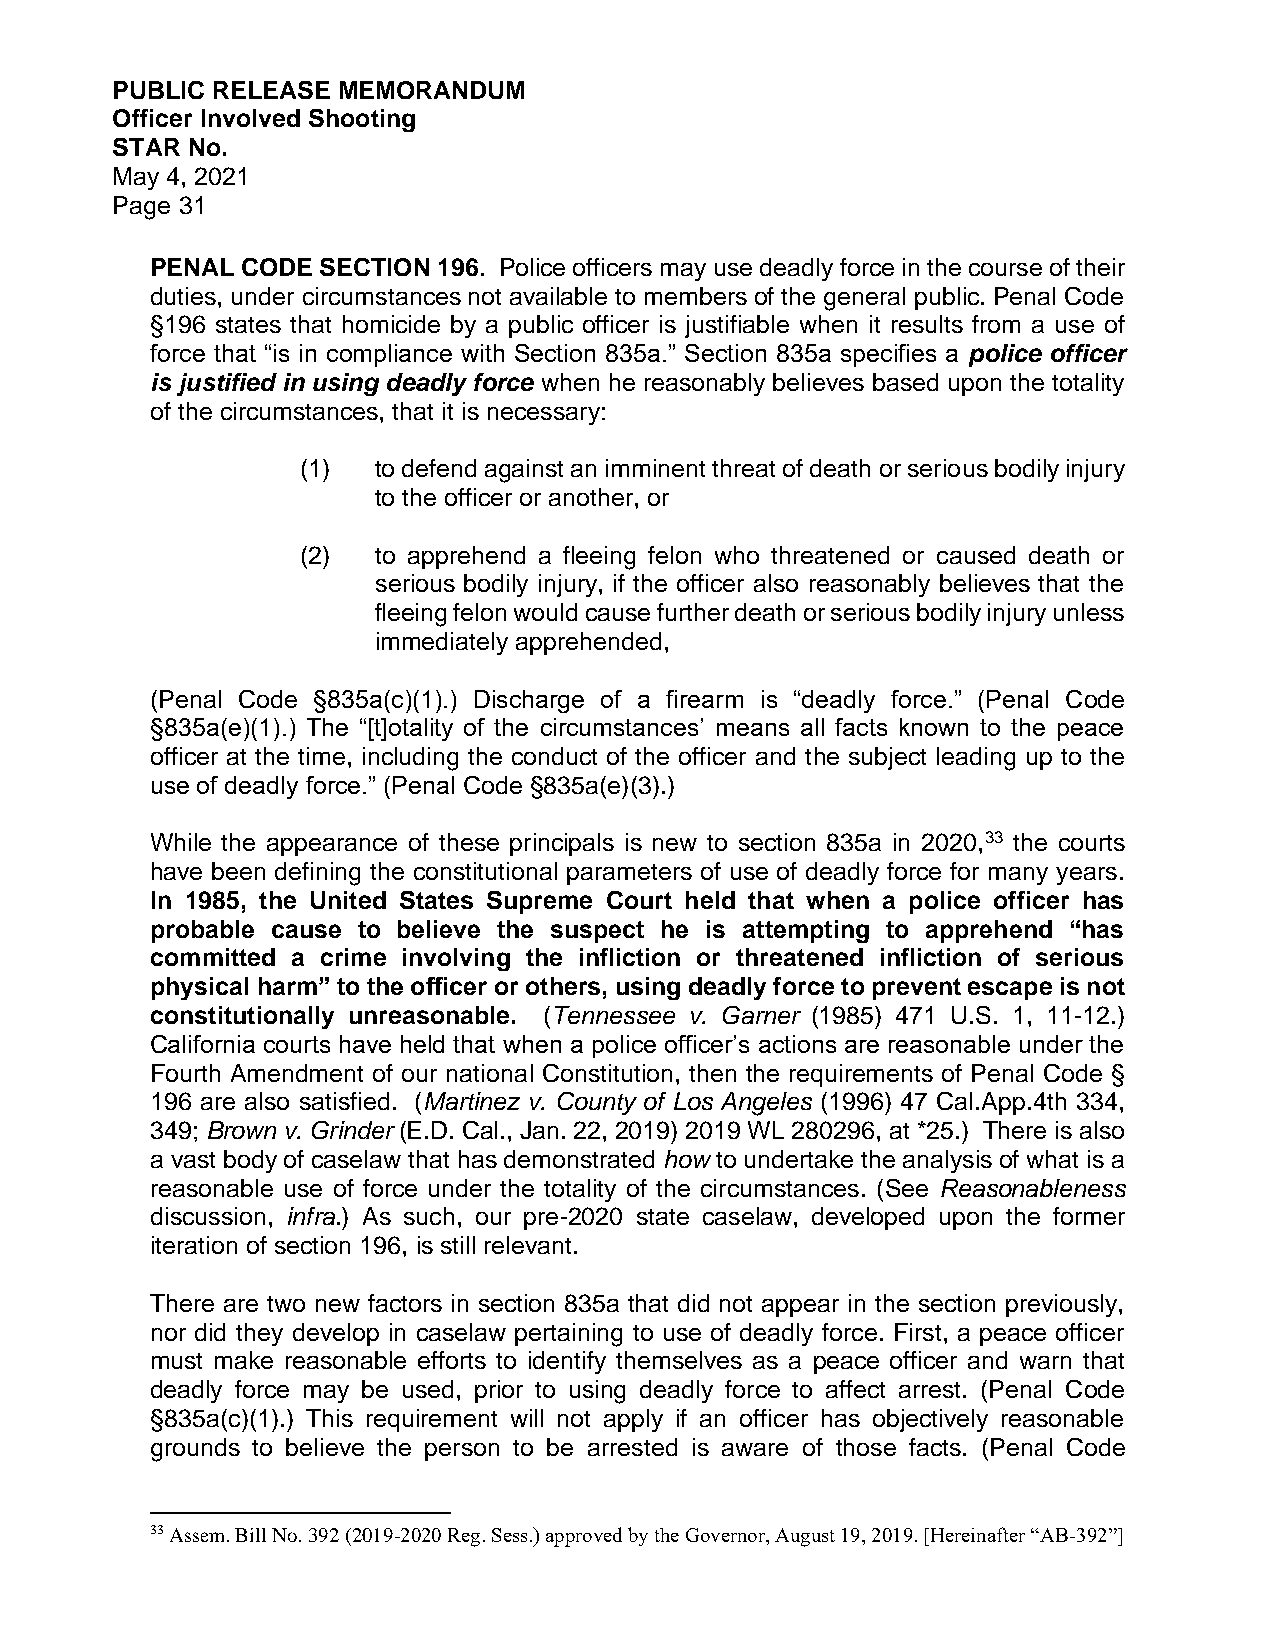
PUBLIC RELEASE MEMORANDUM
 Officer Involved Shooting
 STAR No.
 May 4, 2021
 Page 31
 PENAL CODE SECTION 196. Police officers may use deadly force in the course of their
 duties, under circumstances not available to members of the general public. Penal Code
 §196 states that homicide by a public officer is justifiable when it results from a use of
 force that “is in compliance with Section 835a.” Section 835a specifies a police officer
 is justified in using deadly force when he reasonably believes based upon the totality
 of the circumstances, that it is necessary:
 (1)  to defend against an imminent threat of death or serious bodily injury
 to the officer or another, or
 (2)  to apprehend a fleeing felon who threatened or caused death or
 serious bodily injury, if the officer also reasonably believes that the
 fleeing felon would cause further death or serious bodily injury unless
 immediately apprehended,
 (Penal Code §835a(c)(1).) Discharge of a firearm is “deadly force.” (Penal Code
 §835a(e)(1).) The “[t]otality of the circumstances’ means all facts known to the peace
 officer at the time, including the conduct of the officer and the subject leading up to the
 use of deadly force.” (Penal Code §835a(e)(3).)
 While the appearance of these principals is new to section 835a in 2020,33 the courts
 have been defining the constitutional parameters of use of deadly force for many years.
 In 1985, the United States Supreme Court held that when a police officer has
 probable cause to believe the suspect he is attempting to apprehend “has
 committed a crime involving the infliction or threatened infliction of serious
 physical harm” to the officer or others, using deadly force to prevent escape is not
 constitutionally unreasonable. (Tennessee v. Garner (1985) 471 U.S. 1, 11-12.)
 California courts have held that when a police officer’s actions are reasonable under the
 Fourth Amendment of our national Constitution, then the requirements of Penal Code §
 196 are also satisfied. (Martinez v. County of Los Angeles (1996) 47 Cal.App.4th 334,
 349; Brown v. Grinder (E.D. Cal., Jan. 22, 2019) 2019 WL 280296, at *25.) There is also
 a vast body of caselaw that has demonstrated how to undertake the analysis of what is a
 reasonable use of force under the totality of the circumstances. (See Reasonableness
 discussion, infra.) As such, our pre-2020 state caselaw, developed upon the former
 iteration of section 196, is still relevant.
 There are two new factors in section 835a that did not appear in the section previously,
 nor did they develop in caselaw pertaining to use of deadly force. First, a peace officer
 must make reasonable efforts to identify themselves as a peace officer and warn that
 deadly force may be used, prior to using deadly force to affect arrest. (Penal Code
 §835a(c)(1).) This requirement will not apply if an officer has objectively reasonable
 grounds to believe the person to be arrested is aware of those facts. (Penal Code
 33 Assem. Bill No. 392 (2019-2020 Reg. Sess.) approved by the Governor, August 19, 2019. [Hereinafter “AB-392”]